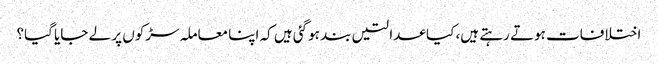
اختلافات ہوتے رہتے ہیں، کیا عدالتیں بند ہوگئی ہیں کہ اپنا معاملہ سڑکوں پر لے جایا گیا؟